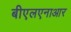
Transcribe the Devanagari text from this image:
बीएलएनाआर